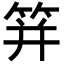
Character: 䈂